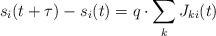
LaTeX: \begin{align*}s_i(t+\tau)-s_i(t)=q\cdot\sum_k J_{ki}(t)\end{align*}